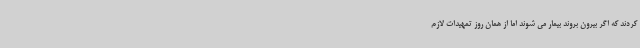
کردند که اگر بیرون بروند بیمار می شوند اما از همان روز تمهیدات لازم